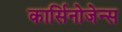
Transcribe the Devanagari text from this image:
कार्सिनोजेन्स